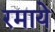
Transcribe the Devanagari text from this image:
रमाये